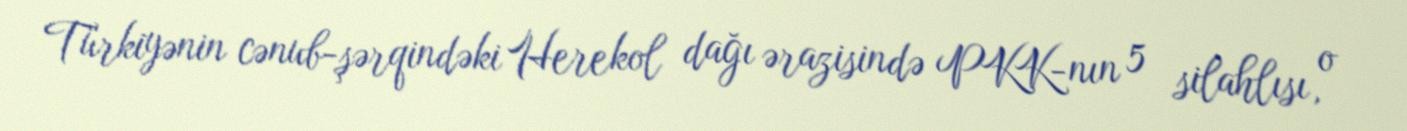
Türkiyənin cənub-şərqindəki Herekol dağı ərazisində PKK-nın 5 silahlısı, o